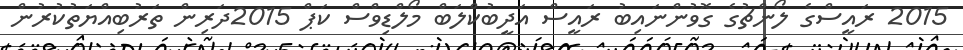
2015 ރައީސްގެ ލޯންޗުގެ ގޮވުންނައިބު ރައީސް އަދީބުކްލަބް މޯލްޑިވްސް ކަޕް 2015ދަރިން ތަރުބިއްޔަތުކުރުން